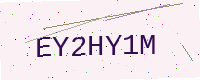
Text: EY2HY1M